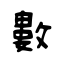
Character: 數